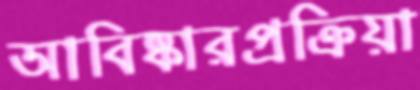
আবিষ্কারপ্রক্রিয়া